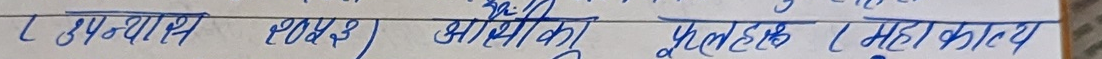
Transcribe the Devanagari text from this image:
L अध्याय प्यास बालिका पूर्णक महाकाव्य